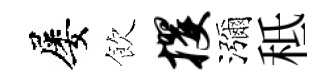
屡飲攫瀰秪